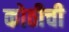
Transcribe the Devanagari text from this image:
कोठीची